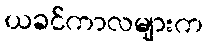
ယခင်ကာလများက